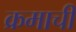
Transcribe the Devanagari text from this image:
क्रमाची